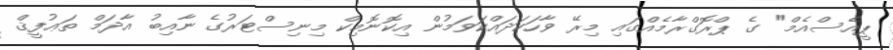
ޕީއެސްއެމް" ގެ ޕްރޮގްރާމެއްގައި މިރޭ ވާހަކަދައްކަވަމުން އިކޮނޮމިކް މިނިސްޓަރުގެ ނާއިބު އާދަމް ތަޢުފީޤް